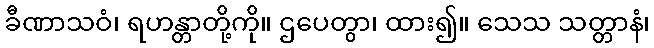
ခီဏာသဝံ၊ ရဟန္တာတို့ကို။ ဌပေတွာ၊ ထား၍။ သေသ သတ္တာနံ၊